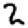
Digit: 2